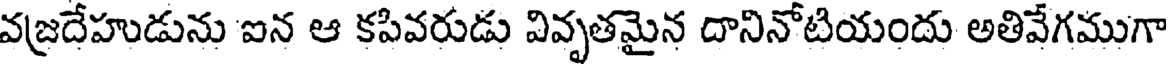
వజ్రదేహుడును ఐన ఆ కపివరుడు వివృతమైన దానినోటియందు అతివేగముగా